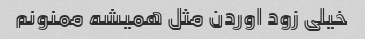
خیلی زود اوردن مثل همیشه ممنونم